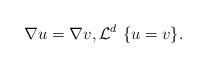
\begin{align*}\nabla u=\nabla v,\mathcal L^d\ \{u=v\}.\end{align*}